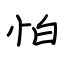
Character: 怕